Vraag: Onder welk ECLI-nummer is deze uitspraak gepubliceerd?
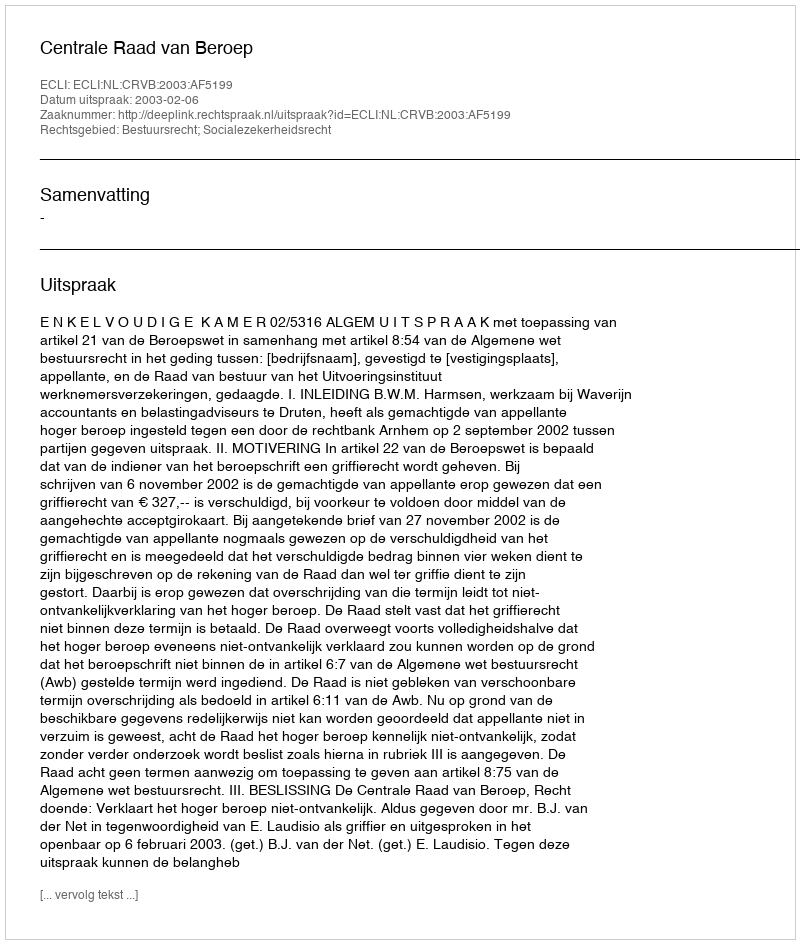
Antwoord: ECLI:NL:CRVB:2003:AF5199